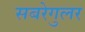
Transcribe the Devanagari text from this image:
सबरेगुलर